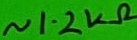
Text: ~1.2kΩ